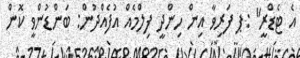
އެ ޓެޑްރީ" :ޕ ފަރިވާ އިން ހިންދީ ފިލްމެއް އުފެއްދުން: ބަންޑުންވީ ކޮން